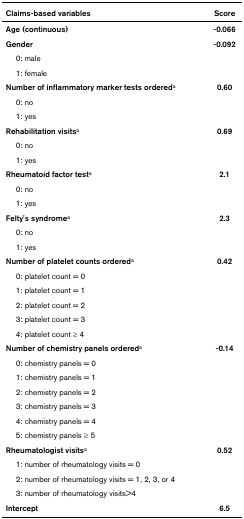
| Claims-based variables | Score |
 | --- | --- |
 | Age (continuous) | -0.066 |
 | Gender | -0.092 |
 | 0: male |  |
 | 1: female |  |
 | Number of inflammatory marker tests ordereda | 0.60 |
 | 0: no |  |
 | 1: yes |  |
 | Rehabilitation visitsa | 0.69 |
 | 0: no |  |
 | 1: yes |  |
 | Rheumatoid factor testa | 2.1 |
 | 0: no |  |
 | 1: yes |  |
 | Felty's syndromea | 2.3 |
 | 0: no |  |
 | 1: yes |  |
 | Number of platelet counts ordereda | 0.42 |
 | 0: platelet count = 0 |  |
 | 1: platelet count = 1 |  |
 | 2: platelet count = 2 |  |
 | 3: platelet count = 3 |  |
 | 4: platelet count ≥ 4 |  |
 | Number of chemistry panels ordereda | -0.14 |
 | 0: chemistry panels = 0 |  |
 | 1: chemistry panels = 1 |  |
 | 2: chemistry panels = 2 |  |
 | 3: chemistry panels = 3 |  |
 | 4: chemistry panels = 4 |  |
 | 5: chemistry panels ≥ 5 |  |
 | Rheumatologist visitsa | 0.52 |
 | 1: number of rheumatology visits = 0 |  |
 | 2: number of rheumatology visits = 1, 2, 3, or 4 |  |
 | 3: number of rheumatology visits>4 |  |
 | Intercept | 6.5 |